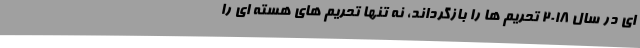
ای در سال ۲۰۱۸ تحریم ها را بازگرداند، نه تنها تحریم های هسته ای را